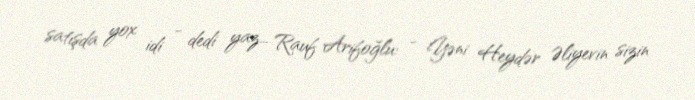
satışda yox idi - dedi yaz... Rauf Arifoğlu: - Yəni Heydər Əliyevin sizin